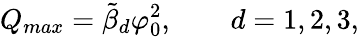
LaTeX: Q_{max}=\tilde{\beta}_{d}\varphi_{0}^{2},\qquad d=1,2,3,